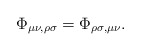
\begin{align*} \Phi_{\mu\nu,\rho\sigma}=\Phi_{\rho\sigma,\mu\nu}.\end{align*}